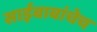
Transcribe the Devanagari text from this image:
साईबाबांचेच